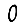
Digit: 0